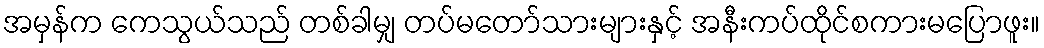
အမှန်က ကေသွယ်သည် တစ်ခါမျှ တပ်မတော်သားများနှင့် အနီးကပ်ထိုင်စကားမပြောဖူး။